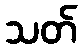
သတ်